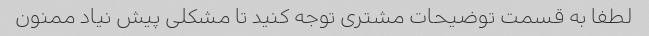
لطفا به قسمت توضیحات مشتری توجه کنید تا مشکلی پیش نیاد ممنون